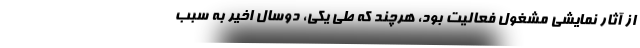
از آثار نمایشی مشغول فعالیت بود، هرچند که طی یکی، دوسال اخیر به سبب